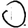
Digit: 0